Annual report of the Bengal Veterinary College and of the Civil Veterinary Department, Bengal, for the year 1913-1914 - 1913-1914
Year: 1913
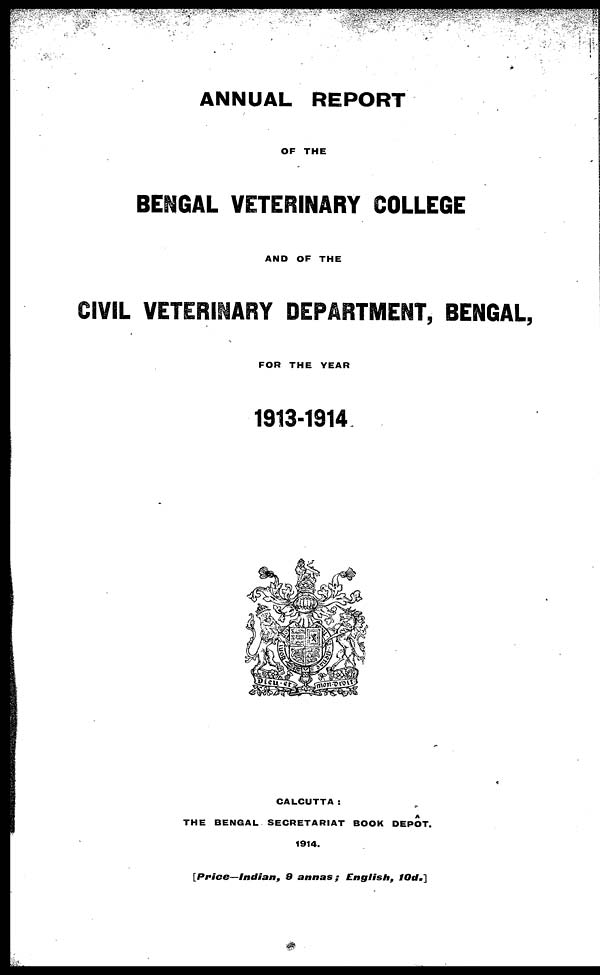
ANNUAL REPORT
OF THE
BENGAL VETERINARY COLLEGE
AND OF THE
CIVIL VETERINARY DEPARTMENT, BENGAL,
FOR THE YEAR
1913-1914
CALCUTTA :
THE BENGAL SECRETARIAT BOOK DEPÔT.
1914.
[Price—Indian,
9 annas;
English,
1Od.]